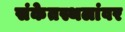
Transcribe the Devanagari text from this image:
संकेतस्थलांवर